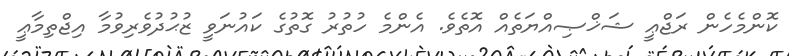
ކޮންމެހެން ރަޖްޢީ ޝަޚްޞިއްޔަތެއް އޮތެވެ. އެންމެ ހުތުރު ގޮތުގެ ކައުނަވީ ޒުޙުދުވެރިވުމާ އިޖްތިމާޢީ